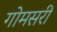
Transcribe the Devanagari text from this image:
गोमसरी